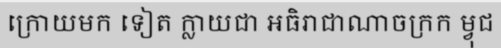
ក្រោយមក ទៀត ក្លាយជា អធិរាជាណាចក្រក ម្វុជ